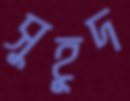
সুহূদ